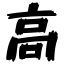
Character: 高